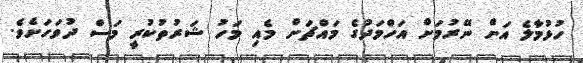
ހުޅުމާލެ އަށް ނޭރުމަށް އަހްމަދުގެ މައްޗަށް މެއި މަހު ޝަރުތުކުރީ މަސް ދުވަހަށެވެ.